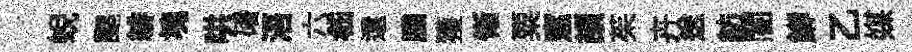
蜺颸緋塊哄磻浯六嵇還縢獲慚粟窓頡茱卉送紡闇鯽乙媒